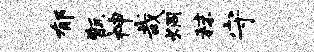
郁甑神哉炯秣守